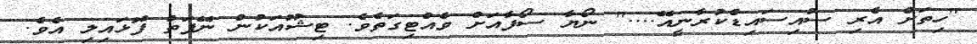
"ހިތަށް އެރި ސުއިސައިޑްކުރާނީއޭ...." ނޯޔާ ސޯފާއަށް ވެއްޓިގަތެވެ. ޓިޝޫއަކުން ނޭފަތް ފޮޅައިލި އެވެ.